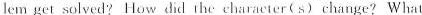
lem get solved? Howdid theeharacter(s) change? What